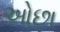
ઓછા